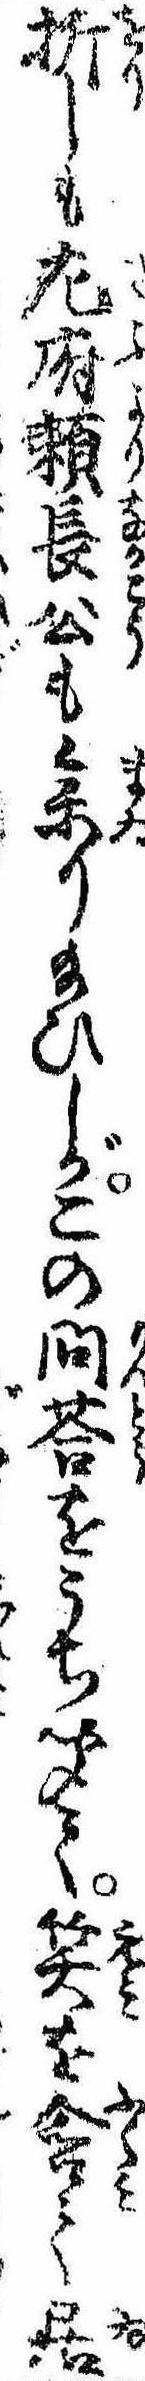
折しも㔫府頼長公も参り給ひしがこの問答をうち聞て笑を含て居